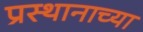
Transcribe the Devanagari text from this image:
प्रस्थानाच्या